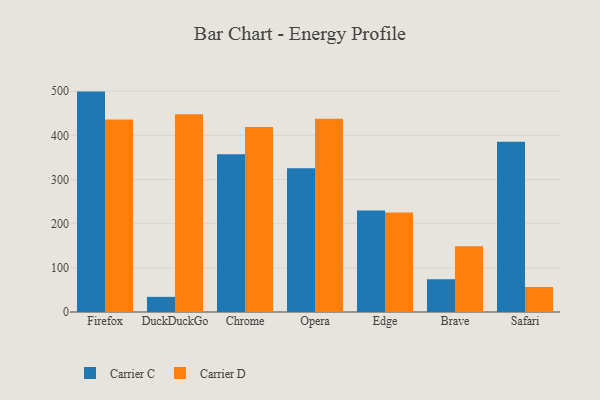
{"axis": {"x": "Browser", "y": "Conversion Rate (%)"}, "legend": ["Carrier C", "Carrier D"], "data": [{"x": "Firefox", "y": 499.2, "type": "Carrier C"}, {"x": "Firefox", "y": 436.2, "type": "Carrier D"}, {"x": "DuckDuckGo", "y": 34.3, "type": "Carrier C"}, {"x": "DuckDuckGo", "y": 447.7, "type": "Carrier D"}, {"x": "Chrome", "y": 357.1, "type": "Carrier C"}, {"x": "Chrome", "y": 419.3, "type": "Carrier D"}, {"x": "Opera", "y": 325.5, "type": "Carrier C"}, {"x": "Opera", "y": 437.8, "type": "Carrier D"}, {"x": "Edge", "y": 229.8, "type": "Carrier C"}, {"x": "Edge", "y": 225.5, "type": "Carrier D"}, {"x": "Brave", "y": 74.2, "type": "Carrier C"}, {"x": "Brave", "y": 149.2, "type": "Carrier D"}, {"x": "Safari", "y": 385.5, "type": "Carrier C"}, {"x": "Safari", "y": 56.7, "type": "Carrier D"}]}